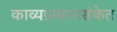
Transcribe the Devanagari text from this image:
काव्यप्रकाशसंकेत